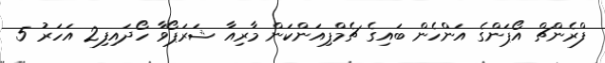
ފްރެންޗް އޯޕަންގެ އަންހެން ބައިގެ ޗެމްޕިއަންކަން މާރިއާ ޝަރަޕޯވާ ހޯދައިފި2 އަހަރު 5